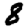
Digit: 8